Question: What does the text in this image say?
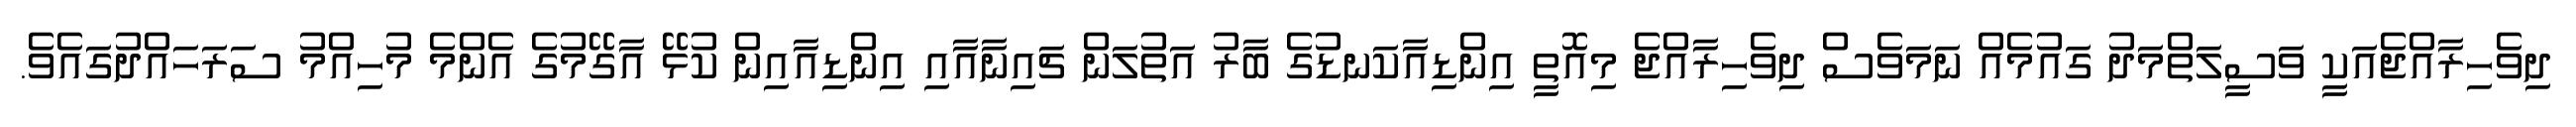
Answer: ދިވެހިރާއްޖެއަކީ ވަސީލަތްމަދު ގައުމެއް ނަމަވެސް ދިވެހިރާއްޖެ މިއޮތީ އިންޑިއާކަނޑުގެ ބާރު އަތުލަން ޗައިނާއާއި އިންޑިއާއިން ކުޅޭ އާގޭމުގެ އެންމެ މުހިއްމު ސަރަހައްދުގައެވެ.